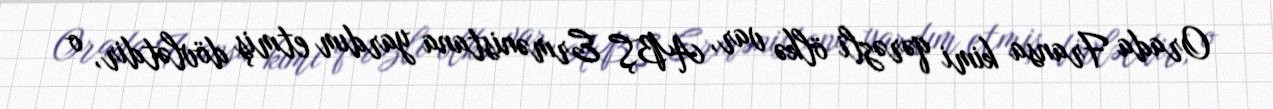
Orada Fransa kimi qərəzli ölkə var, ABŞ Ermənistana yardım etmiş dövlətdir, o